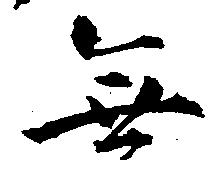
無